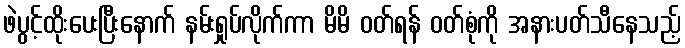
ဖဲပွင့်ထိုးပေးပြီးနောက် နမ်းရှုပ်လိုက်ကာ မိမိ ဝတ်ရန် ဝတ်စုံကို အနားပတ်သီနေသည့်